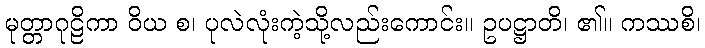
မုတ္တာဂုဠိကာ ဝိယ စ၊ ပုလဲလုံးကဲ့သို့လည်းကောင်း။ ဥပဋ္ဌာတိ၊ ၏။ ကဿစိ၊